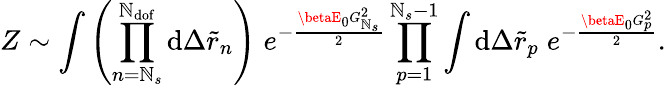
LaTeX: Z\sim\int{\left(\prod_{n=\mathbb{N}_{s}}^{\mathbb{N}_{\mathrm{{dof}}}}{\mathrm{{d}}\Delta\tilde{{r}}_{n}}\right)\; e^{-\frac{{\betaE_{0}G_{\mathbb{N}_{s}}^{2}}}{{2}}}}\prod_{p=1}^{\mathbb{N}_{s}-1}{\int{\mathrm{{d}}\Delta\tilde{{r}}_{p}}\; e^{-\frac{{\betaE_{0}G_{p}^{2}}}{{2}}}}.